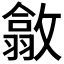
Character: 𢿴